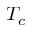
T _ { c }